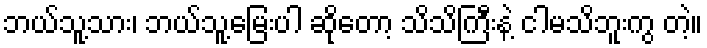
ဘယ်သူ့သား၊ ဘယ်သူ့မြေးပါ ဆိုတော့ သိသိကြီးနဲ့ ငါမသိဘူးကွ တဲ့။